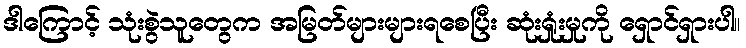
ဒါကြောင့် သုံးစွဲသူတွေက အမြတ်များများရစေပြီး ဆုံးရှုံးမှုကို ရှောင်ရှားပါ။